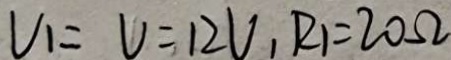
V _ { 1 } = V = 1 2 V _ { 1 } R _ { 1 } = 2 0 \Omega